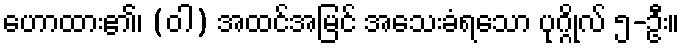
ဟောထား၏၊ (ဝါ) အထင်အမြင် အသေးခံရသော ပုဂ္ဂိုလ် ၅-ဦး။